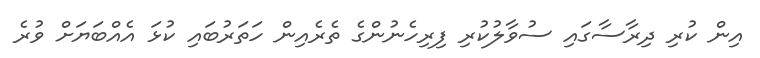
އިން ކުރި ދިރާސާގައި ސުވާލުކުރި ފިރިހެނުންގެ ތެރެއިން ހަތަރުބައި ކުޅަ އެއްބަޔަށް ވުރެ